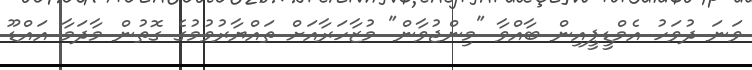
ވަނަ ދުވަހު އެމްޑީޕީއިން ބާއްވާ "މިންޖުވާން" މުޒާހަރާއަށް ތައްޔާރުވުމުގެ ގޮތުން މާދަމާ އައްޑޫ